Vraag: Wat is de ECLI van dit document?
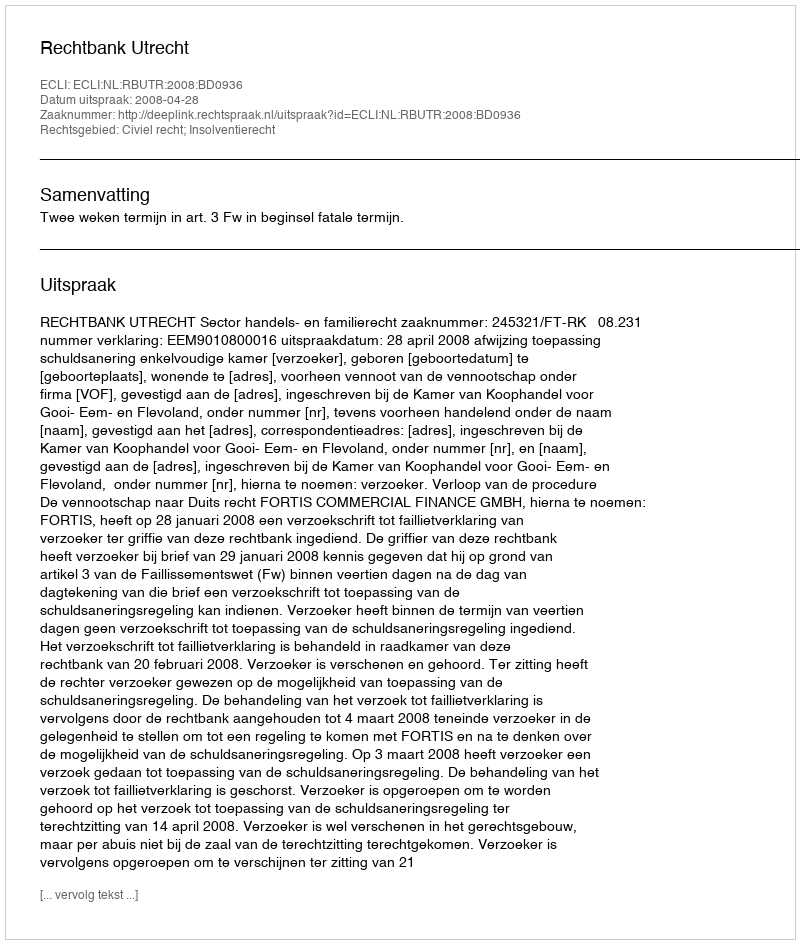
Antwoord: ECLI:NL:RBUTR:2008:BD0936